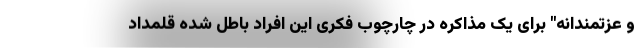
و عزتمندانه" برای یک مذاکره در چارچوب فکری این افراد باطل شده قلمداد